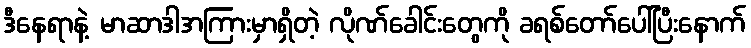
ဒီနေရာနဲ့ မာဆာဒါအကြားမှာရှိတဲ့ လိုဏ်ခေါင်းတွေကို ခရစ်တော်ပေါ်ပြီးနောက်